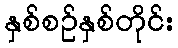
နှစ်စဉ်နှစ်တိုင်း